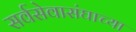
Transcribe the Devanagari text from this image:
सर्वसेवासंघाच्या